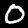
Digit: 0